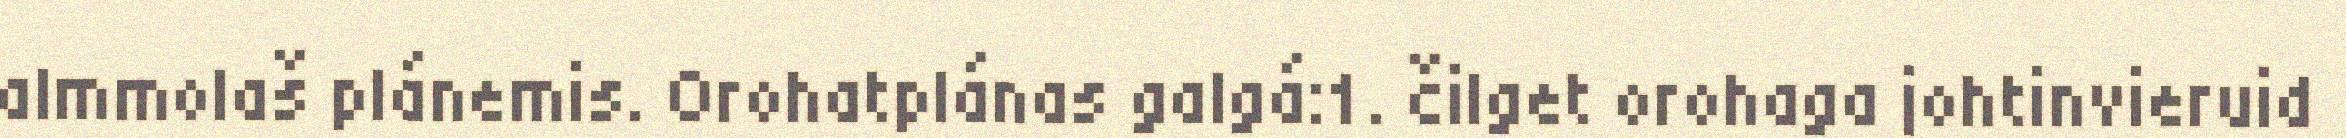
almmolaš plánemis. Orohatplánas galgá:1. čilget orohaga johtinvieruid